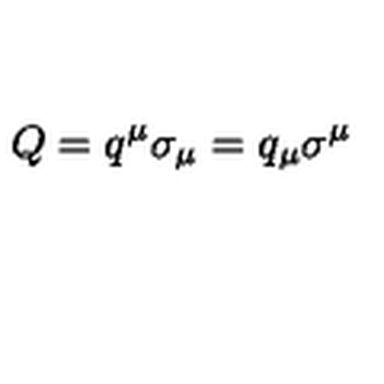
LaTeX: Q = q ^ { \mu } \sigma _ { \mu } = q _ { \mu } \sigma ^ { \mu }